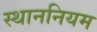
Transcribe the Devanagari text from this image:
स्थाननियम